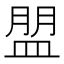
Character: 𥂀